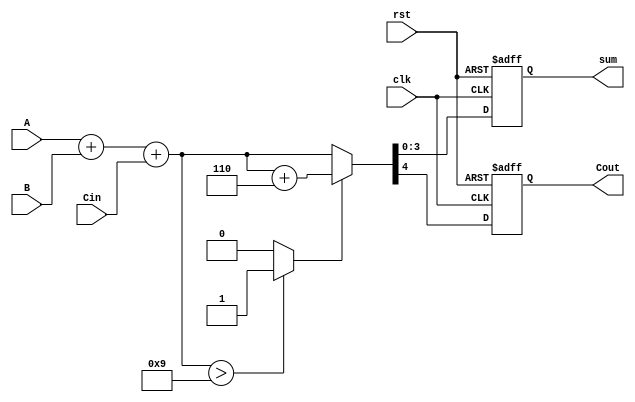
module BCD_Synchronous_Adder (
    input wire clk,         // Clock signal
    input wire rst,         // Reset signal
    input wire [3:0] A,     // First BCD digit
    input wire [3:0] B,     // Second BCD digit
    input wire Cin,         // Carry in
    output reg [3:0] sum,   // BCD sum output
    output reg Cout         // Carry out
);

    reg [4:0] binary_sum;   // 5-bit to accommodate carry
    reg correction_needed;   // Flag to indicate if correction is needed

    always @(posedge clk or posedge rst) begin
        if (rst) begin
            sum <= 4'b0000;
            Cout <= 1'b0;
        end else begin
            // Step 1: Perform binary addition
            binary_sum = A + B + Cin; // 5-bit sum
            
            // Step 2: Check if correction is needed
            if (binary_sum > 5'b01001) begin // If sum exceeds 9
                correction_needed = 1'b1;
            end else begin
                correction_needed = 1'b0;
            end
            
            // Step 3: Apply correction if needed
            if (correction_needed) begin
                binary_sum = binary_sum + 5'b00110; // Add 6
            end
            
            // Step 4: Assign outputs
            sum <= binary_sum[3:0]; // Lower 4 bits are the BCD result
            Cout <= binary_sum[4];   // Carry out is the 5th bit
        end
    end

endmodule